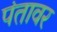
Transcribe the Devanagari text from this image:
पंतावर